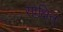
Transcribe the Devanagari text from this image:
साक्षित्‌